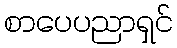
စာပေပညာရှင်